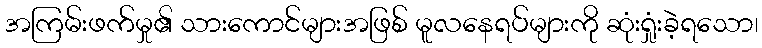
အကြမ်းဖက်မှု၏ သားကောင်များအဖြစ် မူလနေရပ်များကို ဆုံးရှုံးခဲ့ရသော၊